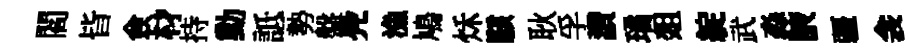
閻𣅜僉材持動詆勢盤鳧漁鳩秌駭耿孚讚璚爼綻武淼腋疆衾